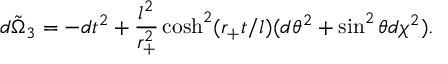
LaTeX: \tilde { d \Omega _ { 3 } } = - d t ^ { 2 } + \frac { l ^ { 2 } } { r _ { + } ^ { 2 } } \cosh ^ { 2 } ( r _ { + } t / l ) ( d \theta ^ { 2 } + \sin ^ { 2 } \theta d \chi ^ { 2 } ) .